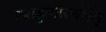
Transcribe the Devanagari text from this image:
दशकुमारचरित्‌